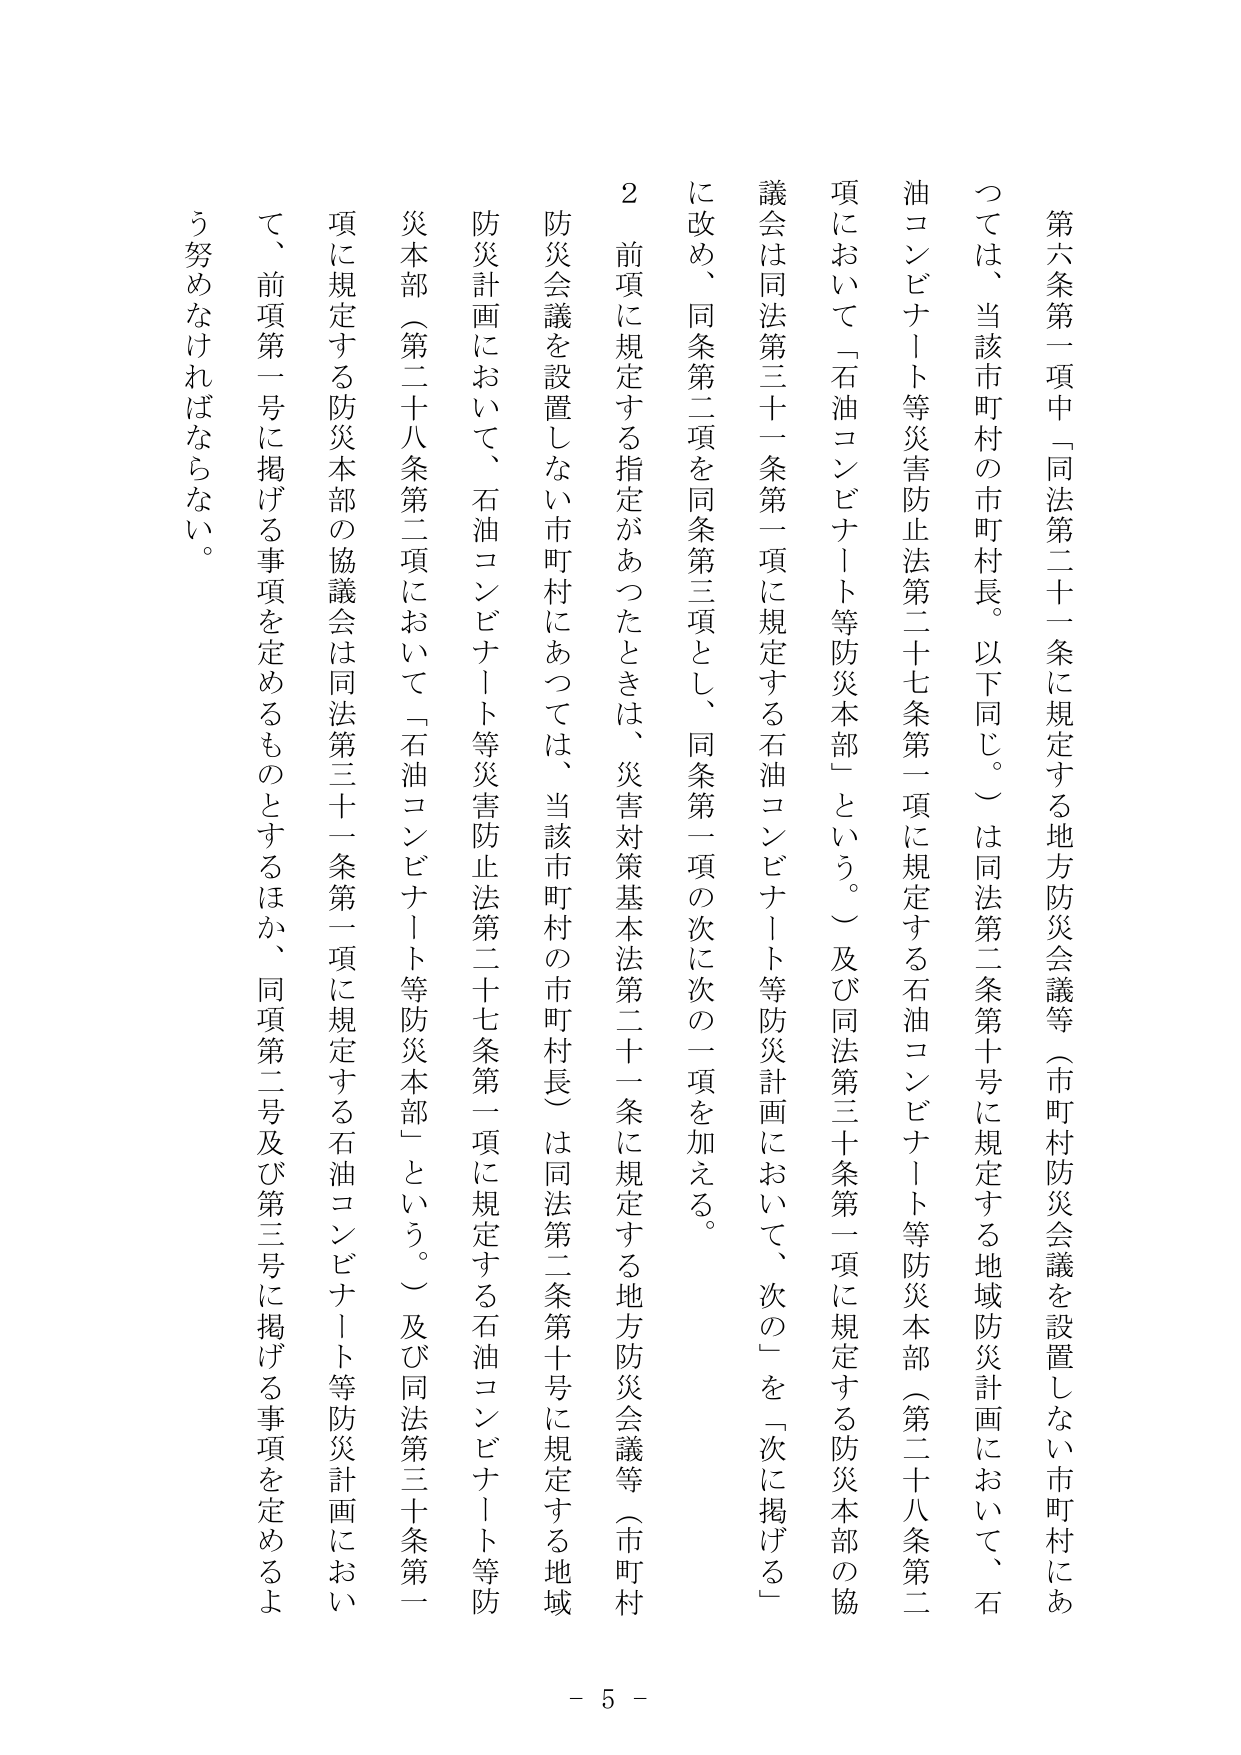
第六条第一項中「同法第二十一条に規定する地方防災会議等（市町村防災会議を設置しない市町村にあっては、当該市町村の市町村長。以下同じ。）は同法第二条第十号に規定する地域防災計画において、石油コンビナート等災害防止法第二十七条第一項に規定する石油コンビナート等防災本部（第二十八条第二項において「石油コンビナート等防災本部」という。）及び同法第三十条第一項に規定する防災本部の協議会は同法第三十一条第一項に規定する石油コンビナート等防災計画において、次の「を「次に掲げる」に改め、同条第二項を同条第三項とし、同条第一項の次に次の一項を加える。

２　前項に規定する指定があったときは、災害対策基本法第二十一条に規定する地方防災会議等（市町村防災会議を設置しない市町村にあっては、当該市町村の市町村長）は同法第二条第十号に規定する地域防災計画において、石油コンビナート等災害防止法第二十七条第一項に規定する石油コンビナート等防災本部（第二十八条第二項において「石油コンビナート等防災本部」という。）及び同法第三十条第一項に規定する防災本部の協議会は同法第三十一条第一項に規定する石油コンビナート等防災計画において、前項第一号に掲げる事項を定めるものとするほか、同項第二号及び第三号に掲げる事項を定めるよう努めなければならない。

- 5 -